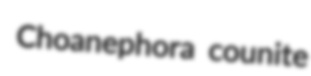
Choanephora counite